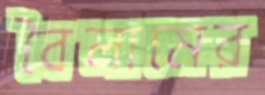
বৈলামের